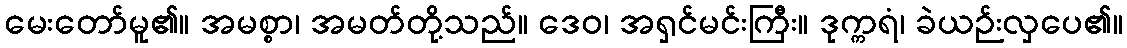
မေးတော်မူ၏။ အမစ္စာ၊ အမတ်တို့သည်။ ဒေဝ၊ အရှင်မင်းကြီး။ ဒုက္ကရံ၊ ခဲယဉ်းလှပေ၏။